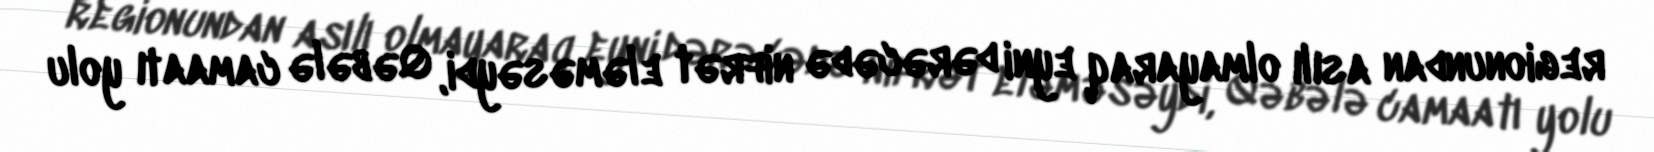
regionundan asılı olmayaraq eyni dərəcədə nifrət eləməsəydi, Qəbələ camaatı yolu